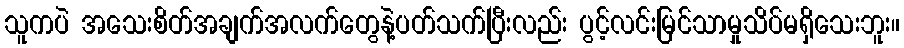
သူကပဲ အသေးစိတ်အချက်အလက်တွေနဲ့ပတ်သက်ပြီးလည်း ပွင့်လင်းမြင်သာမှုသိပ်မရှိသေးဘူး။